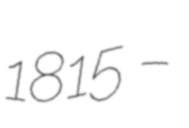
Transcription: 1815 –